Vital statistics of India. Vol. IV, Annual returns from 1871 to 1876. British Army of India, Native Army and jails of Bengal
Year: 1871
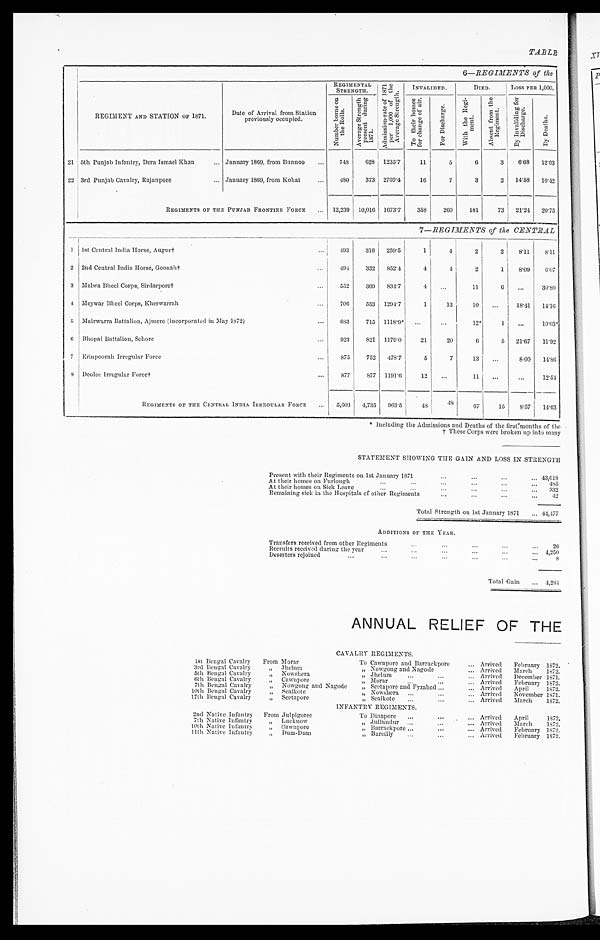
TABLE
6—REGIMENTS of the
REGIMENT AND STATION of 1871.
Date of Arrival from Station
previously occupied.
REGIMENTAL
STRENGTH.
A d m i s s i o n - r a t e o f 1 8 7 1 p e r 1 , 0 0 0 o f t h e A v e r a g e S t r e n g t h .
INVALIDED.
DIED.
Loss PER 1,000.
N u m b e r b o r n e o n t h e R o l l s .
A v e r a g e S t r e n g t h p r e s e n t d u r i n g 1 8 7 1 .
T o t h e i r h o m e s f o r c h a n g e o f a i r .
F o r D i s c h a r g e .
W i t h t h e R e g i m e n t .
A b s e n t f r o m t h e R e g i m e n t . B y I n v a l i d i n g f o r D i s c h a r g e .
By De a t h s .
21 5th Punjab Infantry, Dera Ismael Khan
... January 1869, from Bunnoo
...
748
628 1235.7
11
5
6
3
6.68
12.03
22 3rd Punjab Cavalry, Rajanpore
... January 1869, from Kohat
...
480
373 2769.4
16
7
3
2
14.58 10.42
REGIMENTS OF THE PUNJAB FRONTIER FORCE
. . . 1 2 , 2 3 9
10,016 1673.7
358
260
181
73
21.24
20.75
7—REGIMENTS of the CENTRAL
1 lst Central India Horse, Augur†
. . .
493
316 259.5
1
4
2
2
8.11
8.11
2 2nd Central India Horse, Goonah†
. . . 494
332
852.4
4
4
2
1
8.09
6.07
3 Malwa Bheel Corps, Sirdarpore†
...
552
369
834.7
4
. . .
11
6
. . . 30.80
4 Meywar Bheel Corps, Kherwarrah
. . .
706
553 1294.7
1
13
10
...
18.41 14.16
5 Mairwarra Battalion, Ajmere (incorporated in May 1872)
...
683
715 1118.9 ‫٭‬ ...
. . .
‫٭21‬
1
. . .
‫٭30.91‬
6 Bhopal Battalion, Sehore
...
923
821 1179.0
21
20
6
5
21.67
11.92
7 Erinpoorah Irregular Force
...
875
752
478.7
5
7
13
...
8.00
14.86
8 Deolee Irregular Force†
...
877
877 1191.6
12
...
11
...
...
12.54
REGIMENTS OF THE CENTRAL INDIA IRREGULAR FORCE
...
5,603
4,735
963.5
48
48
67
15
8.57
14.63
STATEMENT SHOWING THE GAIN AND LOSS IN STRENGTH
Present with their Regiments on lst January 1871
...
...
...
... 43,618
At their homes on
Furlough
...
...
...
...
. . .
...
485
At their homes on Sick Leave
...
...
...
. . .
...
. . . 332
Remaining sick in the Hospitals of other Regiments
. . . ...
...
. . .
4 2
Total Strength on 1st January 1871
... 44,477
ADDITIONS OF THE YEAR.
Transfers received from other Regiments
. . . ...
...
. . .
. . . 2 6
Recruits received during the year.
. . .
...
...
...
. . .
... 4,250
Deserters rejoined
...
...
. . .
. . .
...
. . .
. . .
8
Total Gain
... 4,284
ANNUAL RELIEF OF THE
CAVALRY REGIMENTS.
1st Bengal Cavalry
From Morar
To Cawnpore and Barrackpore
. . . Arrived
February 1872.
3rd Bengal Cavalry
„ Jhelum
„ Nowgong and Nagode
. . . Arrived
March
1872.
5th Bengal Cavalry
„ Nowshera
„ Jhelum
...
...
... Arrived
December 1871.
6th Bengal Cavalry
„ Cawnpore
„ Morar
...
...
... Arrived
February 1872.
7th Bengal Cavalry
, , Nowgong and Nagode
„ Seetapore and Fyzabad ...
. . . Arrived
April
1872.
10th Bengal Cavalry
„ Sealkote
„ Nowshera ...
...
... Arrived
November 1871.
17th Bengal Cavalry
„ Seetapore
„ Sealkote
...
...
... Arrived
March
1872.
INFANTRY REGIMENTS.
2nd Native Infantry From Julpigoree
To Dinapore
. . .
. . .
... Arrived
April
1872.
7th Native Infantry
„ Lucknow
„ Jullundur ...
...
... Arrived
March
1872.
10th Native Infantry
, , Cawnpore
, ,
Barrackpore . . .
. . .
. . . Arrived
February 1872.
11th Native Infantry
, , Dum-Dum
„ Bareilly
. . .
. . .
... Arrived
February 1872.